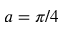
a = \pi / 4